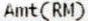
AMT(RM)